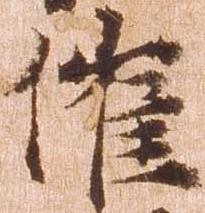
催